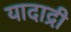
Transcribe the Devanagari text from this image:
यादाद्री